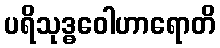
ပရိသုဒ္ဓဝေါဟာရောတိ